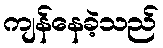
ကျန်နေခဲ့သည်